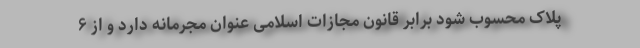
پلاک محسوب شود برابر قانون مجازات اسلامی عنوان مجرمانه دارد و از ۶